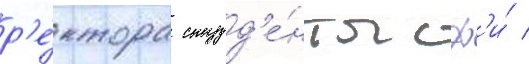
р'е́ктора студ'е́нты сф'и́ /